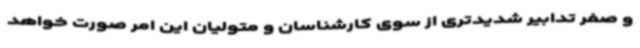
و صفر تدابیر شدیدتری از سوی کارشناسان و متولیان این امر صورت خواهد